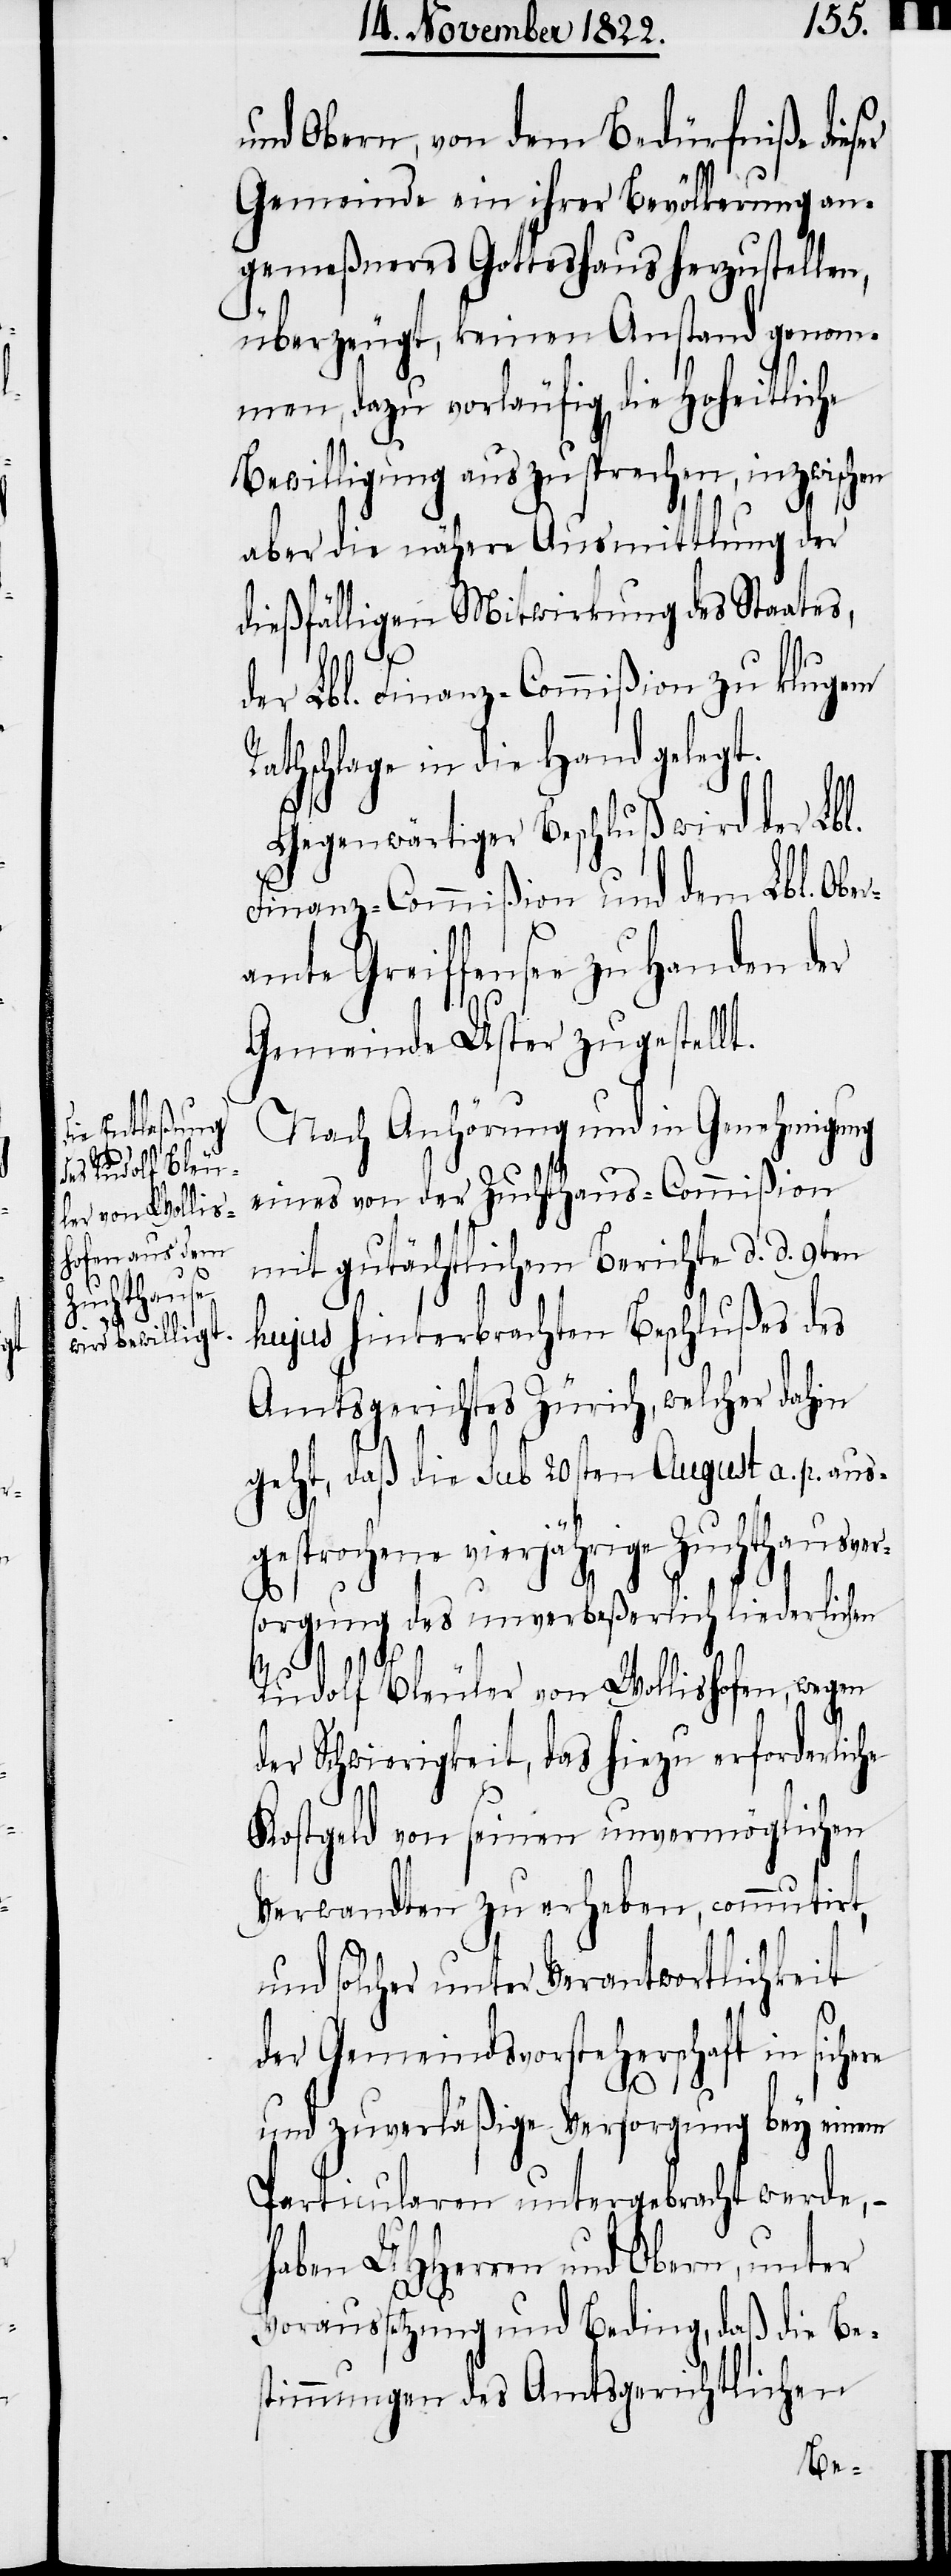
und Obern, von dem Bedürfniße dieser
Gemeinde ein ihrer Bevölkerung an¬
gemeßneres Gotteshaus herzustellen,
überzeugt, keinen Anstand genom¬
men, dazu vorläufig die Hoheitliche
Bewilligung auszusprechen, inzwischen
R¬
aber die nähere Ausmittlung der
dießfälligen Mitwirkung des Staates,
der Lbl. Finanz-Commißion zu klugem
athschlage in die Hand gelegt.
Gegenwärtiger Beschluß wird der Lbl.
Finanz-Commißion und dem Lbl. Ober¬
amte Greiffensee zu Handen der
Gemeinde Uster zugestellt.